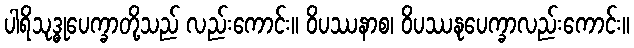
ပါရိသုဒ္ဓုပေက္ခာတို့သည် လည်းကောင်း။ ဝိပဿနာစ၊ ဝိပဿနုပေက္ခာလည်းကောင်း။